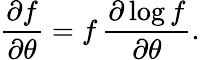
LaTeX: {\frac{\partial f}{\partial\theta}}=f\, {\frac{\partial\log f}{\partial\theta}}.